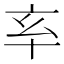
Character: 𠅋